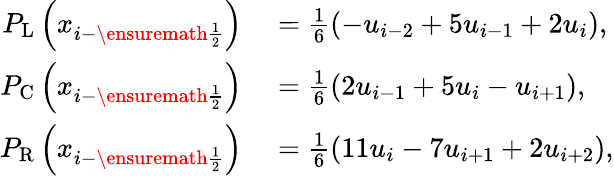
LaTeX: \begin{array}{rl}{P_{\mathrm{L}}\left(x_{i-\ensuremath{{\frac{1}{2}}}}\right)}&{{}=\frac{1}{6}(-u_{i-2}+5u_{i-1}+2u_{i}),}\\ {P_{\mathrm{C}}\left(x_{i-\ensuremath{{\frac{1}{2}}}}\right)}&{{}=\frac{1}{6}(2u_{i-1}+5u_{i}-u_{i+1}),}\\ {P_{\mathrm{R}}\left(x_{i-\ensuremath{{\frac{1}{2}}}}\right)}&{{}=\frac{1}{6}(11u_{i}-7u_{i+1}+2u_{i+2}),}\end{array}